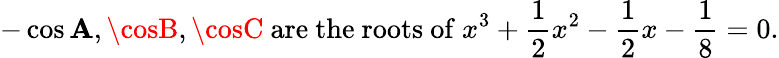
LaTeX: -\cos\mathbf{A},\cosB,\cosC{\mathrm{{~are~the~roots~of~}}}x^{3}+{\frac{{1}}{{2}}}x^{2}-{\frac{{1}}{{2}}}x-{\frac{{1}}{{8}}}=0.